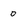
Character: o